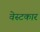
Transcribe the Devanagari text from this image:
वेस्टकार